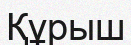
Құрыш